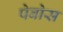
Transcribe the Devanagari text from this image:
पेबोस